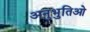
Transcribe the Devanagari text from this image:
अनुभुतिओ